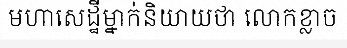
មហាសេដ្ឋីម្នាក់និយាយថា លោកខ្លាច